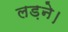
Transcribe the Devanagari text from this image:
लड़ने।